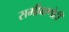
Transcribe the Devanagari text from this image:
समीक्षणेही